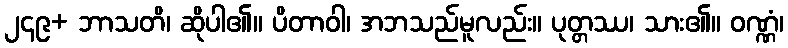
၂၄၉+ ဘာသတိ၊ ဆိုပါ၏။ ပိတာဝါ၊ အဘသည်မူလည်း။ ပုတ္တဿ၊ သား၏။ ဝဏ္ဏံ၊